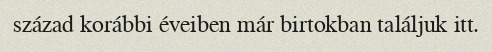
század korábbi éveiben már birtokban találjuk itt.